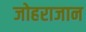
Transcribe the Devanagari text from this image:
जोहराजान